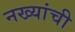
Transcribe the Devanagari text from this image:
नख्यांची